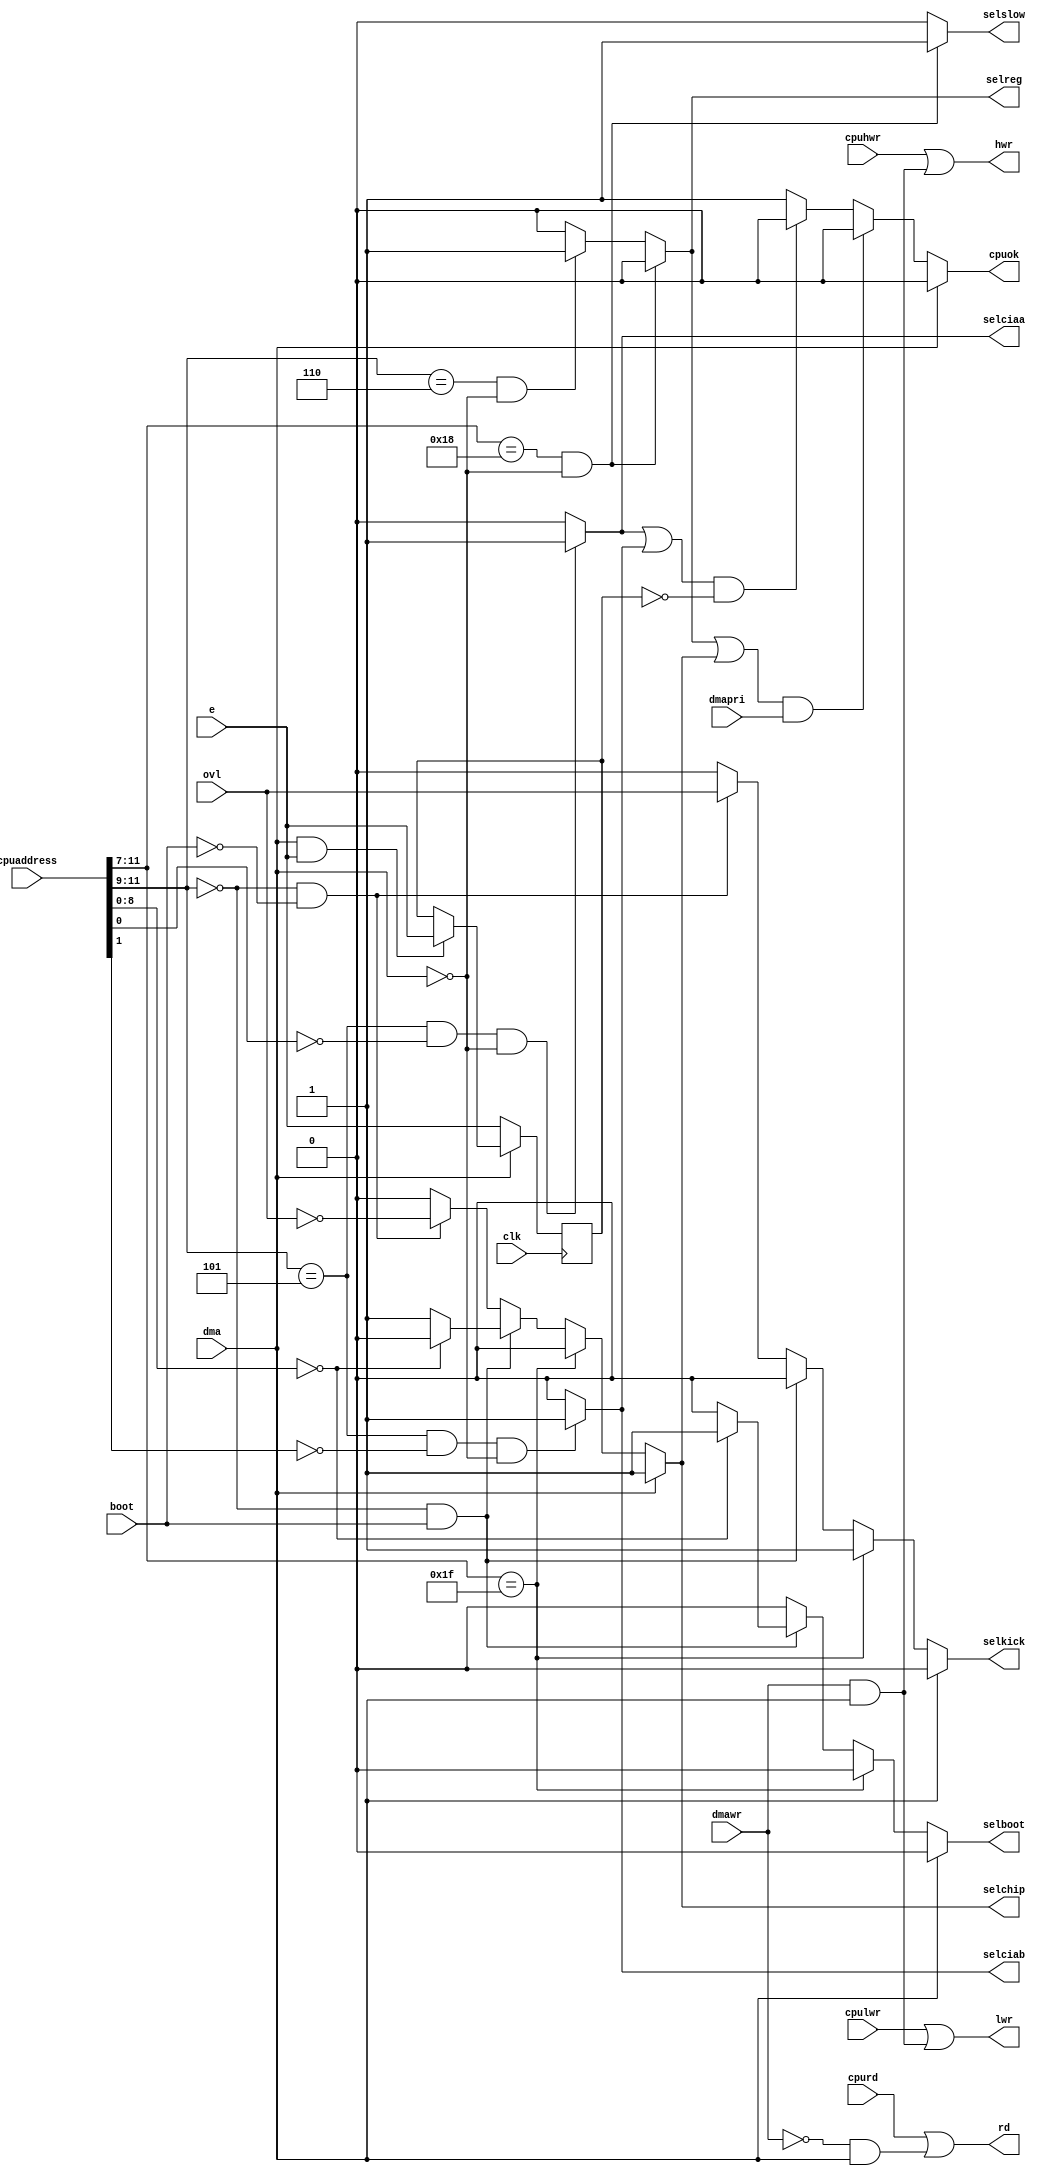
// Copyright 2006, 2007 Dennis van Weeren
//
// This file is part of Minimig
//
// Minimig is free software; you can redistribute it and/or modify
// it under the terms of the GNU General Public License as published by
// the Free Software Foundation; either version 3 of the License, or
// (at your option) any later version.
//
// Minimig is distributed in the hope that it will be useful,
// but WITHOUT ANY WARRANTY; without even the implied warranty of
// MERCHANTABILITY or FITNESS FOR A PARTICULAR PURPOSE.  See the
// GNU General Public License for more details.
//
// You should have received a copy of the GNU General Public License
// along with this program.  If not, see <http://www.gnu.org/licenses/>.
//
//
//
// This is Gary
// It is the equivalent of Gary in a real Amiga
// Gary handles the address decoding and cpu/chip bus multiplexing
// Gary handles kickstart area and bootrom overlay
// Gary handles CIA e clock synchronization
//
// 20-12-2005		-started coding
// 21-12-2005		-done more coding
// 25-12-2005		-changed blitter nasty handling
// 15-01-2006		-fixed sensitivity list
// 12-11-2006		-debugging for new Minimig rev1.0 board
// 17-11-2006		-removed debugging and added decode for $C0000 ram

module gary
(
	input	clk,					//bus clock
	input	e,						//e clock enable
	input 	[23:12]cpuaddress,	//cpu address inputs
	input	cpurd,					//cpu read
	input	cpuhwr,					//cpu high write
	input	cpulwr,					//cpu low write
	output	reg cpuok,				//cpu slot ok
	input	dma,					//agnus needs bus
	input	dmawr,					//agnus does a write cycle
	input	dmapri,					//agnus blitter has priority
	input	ovl,					//overlay kickstart rom over chipram
	input	boot,					//overlay bootrom over chipram
	output	rd,						//bus read
	output	hwr,					//bus high write
	output	lwr,					//bus low write
	output 	reg selreg,  			//select chip register bank
	output 	reg selchip, 			//select chip memory
	output	reg selslow,			//select slowfast memory ($C0000)
	output 	selciaa,				//select cia A
	output 	selciab, 				//select cia B
	output 	reg selkick,	    	//select kickstart rom
	output	reg selboot				//select boot room
);

//local signals
reg		ecpu;			//e clock synchronized to CPU available cycles

//--------------------------------------------------------------------------------------

//synchronize e clock to CPU available cycles
always @(posedge clk)
	if(!dma)
		ecpu<=e;
	else if(dma && e)
		ecpu<=e;

//--------------------------------------------------------------------------------------

//read write control signals
assign rd=cpurd|(~dmawr&dma);
assign hwr=cpuhwr|(dmawr&dma);
assign lwr=cpulwr|(dmawr&dma);

//--------------------------------------------------------------------------------------

//bus master logic
always @(	dma or dmapri or ecpu or selchip or selreg or selciaa or selciab)
begin
	if(dma)//bus slot allocated to agnus
		cpuok=0;
	else if((selreg||selchip) && dmapri)//cpu wait state, dma has priority in register and chipram area
		cpuok=0;
	else if((selciaa||selciab) && !ecpu)//cpu wait state, slow access to CIA's
		cpuok=0;
	else//bus slot allocated to cpu
		cpuok=1;
end

//--------------------------------------------------------------------------------------

//chipram, kickstart and bootrom address decode
always @(dma or cpuaddress or boot or ovl)
begin
	if(dma)//agnus always accesses chipram
	begin
		selchip=1;
		selkick=0;
		selboot=0;
	end
	else if(cpuaddress[23:19]==5'b11111)//kickstart
	begin
		selchip=0;
		selkick=1;
		selboot=0;
	end
	else if((cpuaddress[23:21]==3'b000) && boot)//chipram area in boot mode
	begin
		if(cpuaddress[20:12]==0)//lower part bootrom area
		begin
			selchip=0;
			selkick=0;
			selboot=1;
		end
		else//upper part chipram area
		begin
			selchip=1;
			selkick=0;
			selboot=0;
		end
	end
	else if((cpuaddress[23:21]==3'b000) && !boot)//chipram area in normal mode
	begin
		selchip=~ovl;//chipram when no rom overlay
		selkick=ovl;//kickstart when rom overlay
		selboot=0;
	end
	else//no kickstart, bootrom or chipram selected
	begin
		selchip=0;
		selkick=0;
		selboot=0;
	end
end

//chip register bank and slowram address decode
always @(cpuaddress or dma)
begin
	if((cpuaddress[23:19]==5'b11000) && !dma)//slow ram at $C00000 - $C7FFFF
	begin
		selreg=0;
		selslow=1;
	end
	else if ((cpuaddress[23:21]==3'b110) && !dma)//chip registers at &C80000 - $DFFFFF
	begin
		selreg=1;
		selslow=0;
	end
	else
	begin
		selreg=0;
		selslow=0;
	end
end

//assign selreg=((cpuaddress[23:21]==3'b110) && !dma)?1:0;
//assign selslow=0;

//cia a address decode
assign selciaa=((cpuaddress[23:21]==3'b101) && !cpuaddress[12] && !dma)?1:0;

//cia b address decode
assign selciab=((cpuaddress[23:21]==3'b101) && !cpuaddress[13] && !dma)?1:0;

endmodule